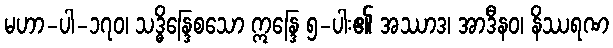
မဟာ-ပါ-၁၇၀၊ သဒ္ဓိန္ဒြေစသော ဣန္ဒြေ ၅-ပါး၏ အဿာဒ၊ အာဒီနဝ၊ နိဿရဏ